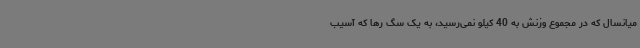
میانسال که در مجموع وزنش به 40 کیلو نمی‌رسید، به یک سگ رها که آسیب